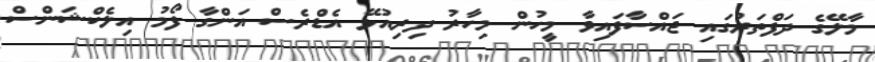
މާލޭގެ ދަފްތަރުގައި ޖައްސާފައިވާ މީހުން މިހާރު ދިރިއުޅޭ އެޑްރެސް އަންގާ ފޯމު އިލެކްޝަންސް